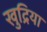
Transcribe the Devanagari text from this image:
खुद्रिया